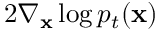
2 \nabla _ { \mathbf { x } } \log p _ { t } ( \mathbf { x } )